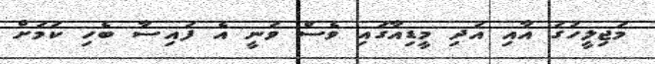
މަޖިލީހުގަ އާއި އަދި މީޑިއާގައި ވެސް ވަނީ އެ ފައިސާ ބެހި ކަމަށް